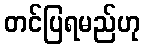
တင်ပြရမည်ဟု